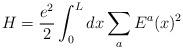
LaTeX: \begin{align*}H=\frac{e^2}{2} \int_0^L dx \sum_a E^a(x)^2\end{align*}